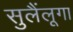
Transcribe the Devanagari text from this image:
सुलैंलूगा